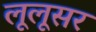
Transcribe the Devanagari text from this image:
लूलूसर